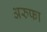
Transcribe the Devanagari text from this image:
अरुफा